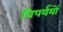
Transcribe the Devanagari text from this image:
विपर्ययों